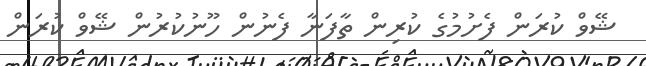
ޝޭވް ކުރަން ފެށުމުގެ ކުރިން ތާފަނާ ފެނުން ހޫނުކުރުން ޝޭވް ކުރަން